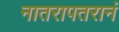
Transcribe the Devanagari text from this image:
नातरापतरानं